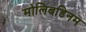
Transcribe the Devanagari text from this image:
मोलिबडिनम